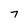
Character: 7